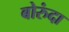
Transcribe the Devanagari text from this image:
बोरुंदा